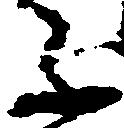
不